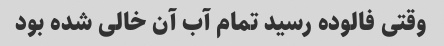
وقتی فالوده رسید تمام آب آن خالی شده بود